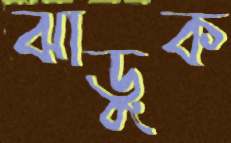
ঝাড়ুক